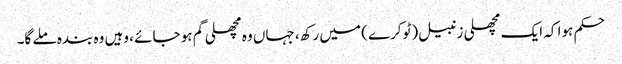
حکم ہوا کہ ایک مچھلی زنبیل (ٹوکرے ) میں رکھ، جہاں وہ مچھلی گم ہو جائے ، وہیں وہ بندہ ملے گا۔